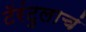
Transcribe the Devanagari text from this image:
टॅरंटुलाचं